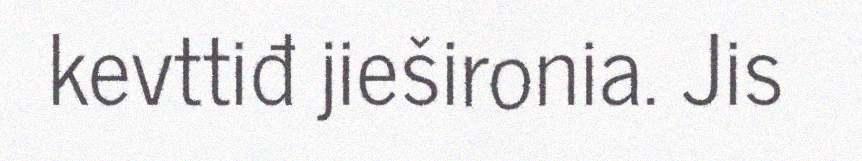
kevttiđ jiešironia. Jis